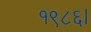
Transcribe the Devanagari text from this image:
१९८६।